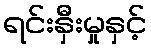
ရင်းနှီးမှုနှင့်